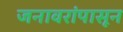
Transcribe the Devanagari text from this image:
जनावरांपासून